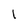
Character: 1